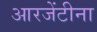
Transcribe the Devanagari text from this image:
आरजेंटीना